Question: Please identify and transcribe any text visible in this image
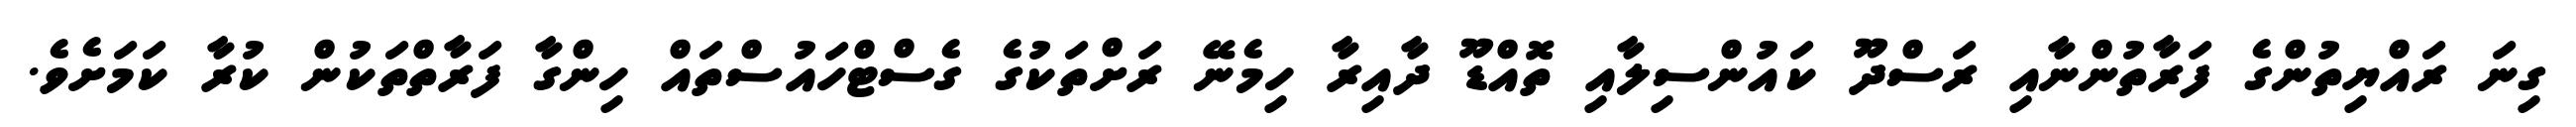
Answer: ގިނަ ރައްޔިތުންގެ ފަރާތުންނާއި ރަސްދޫ ކައުންސިލާއި ތޮއްޑޫ ދާއިރާ ހިމެނޭ ރަށްތަކުގެ ގެސްޓްހައުސްތައް ހިންގާ ފަރާތްތަކުން ކުރާ ކަމަށެވެ.